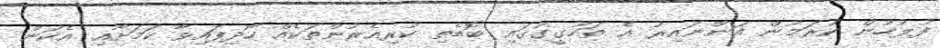
ފުލުހުން ކުރަމުން އަންނައިރު އެ ތަހުގީގުގައި ބޮޑެތި ކުރިއެރުންތަކެއް ހޯދިފައިވާ ކަމަށާއި އެކަން